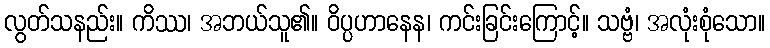
လွတ်သနည်း။ ကိဿ၊ အဘယ်သူ၏။ ဝိပ္ပဟာနေန၊ ကင်းခြင်းကြောင့်။ သဗ္ဗံ၊ အလုံးစုံသော။